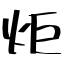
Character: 炬